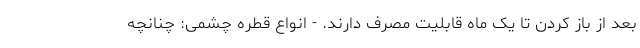
بعد از باز کردن تا یک ماه قابلیت مصرف دارند. - انواع قطره چشمی: چنانچه